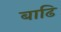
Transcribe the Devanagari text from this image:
बाढि